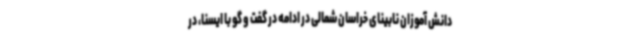
دانش آموزان نابینای خراسان شمالی در ادامه در گفت و گو با ایسنا، در